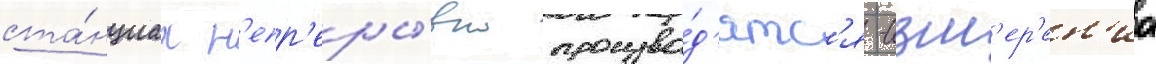
ста́нциах н'епр'еры́вно произво́д'ятс'я -изм'ер'ен'иа